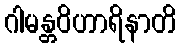
ဂါမန္တဝိဟာရိနာတိ